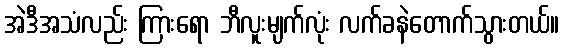
အဲဒီအသံလည်း ကြားရော ဘီလူးမျက်လုံး လက်ခနဲတောက်သွားတယ်။